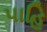
પાહિ